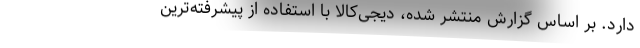
دارد. بر اساس گزارش منتشر شده، دیجی‌کالا با استفاده از پیشرفته‌ترین